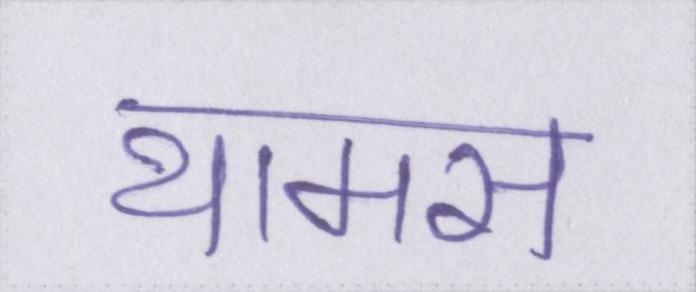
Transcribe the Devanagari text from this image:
थामस